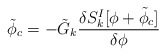
\begin{align*}{\tilde \phi}_c = - {\tilde G}_k {\delta S_k^I[\phi+{\tilde \phi_c}] \over \delta \phi}\end{align*}